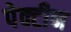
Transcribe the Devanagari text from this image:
पेक्टीन